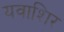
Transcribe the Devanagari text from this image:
यवाशिर